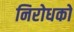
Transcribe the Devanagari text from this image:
निरोधको